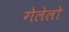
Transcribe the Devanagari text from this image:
गेलेलो